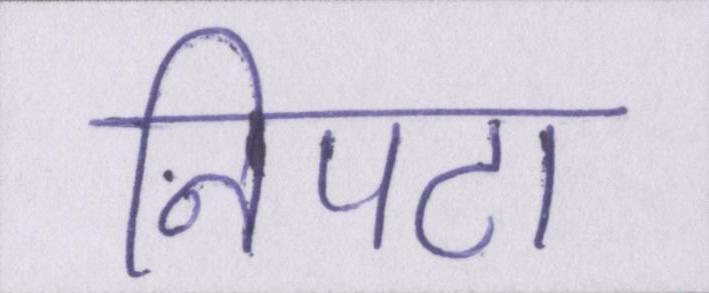
निपटा